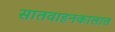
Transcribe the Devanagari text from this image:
सातवाहनकालात